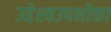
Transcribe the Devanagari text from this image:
उद्देश्यउपभोक्ता